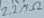
Text: 2.2kΩ